Vaccination United Provinces of Agra and Oudh 1914-1922 - 1914-1922
Year: 1914
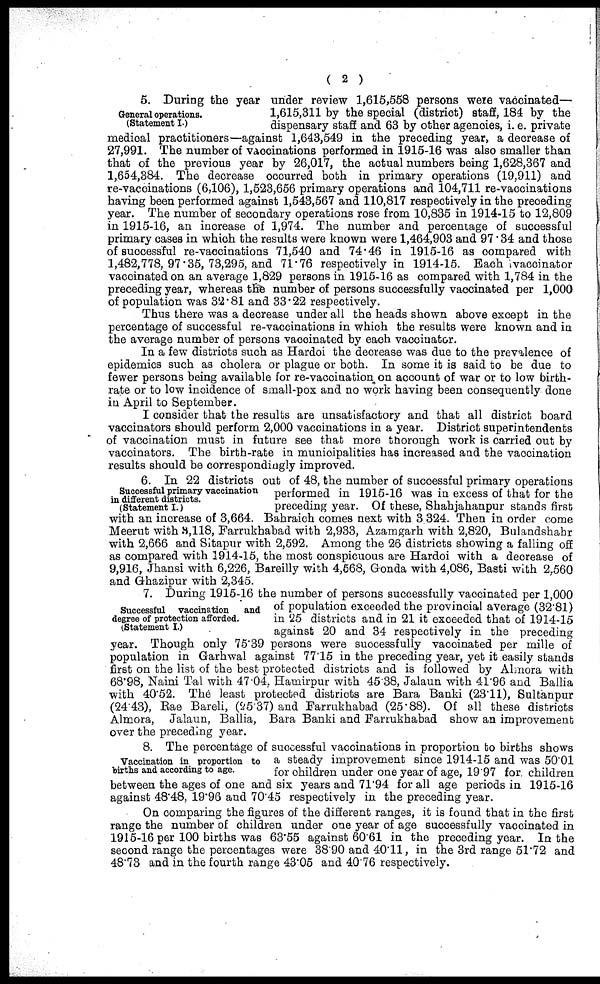
( 2 )
General operations.
(Statement I.)
5. During the year under review 1,615,558 persons were vaccinated—
1,615,311 by the special (district) staff, 184 by the
dispensary staff and 63 by other agencies, i. e. private
medical practitioners—against 1,643,549 in the preceding year, a decrease of
27,991. The number of vaccinations performed in 1915-16 was also smaller than
that of the previous year by 26,017, the actual numbers being 1,628,367 and
1,654,384. The decrease occurred both in primary operations (19,911) and
re-vaccinations (6,106), 1,523,656 primary operations and 104,711 re-vaccinations
having been performed against 1,543,567 and 110,817 respectively in the preceding
year. The number of secondary operations rose from 10,835 in 1914-15 to 12,809
in 1915-16, an increase of 1,974. The number and percentage of successful
primary cases in which the results were known were 1,464,903 and 97.34 and those
of successful re-vaccinations 71,540 and 74.46 in 1915-16 as compared with
1,482,778, 97.35, 73,295, and 71.76 respectively in 1914-15. Each vaccinator
vaccinated on an average 1,829 persons in 1915-16 as compared with 1,784 in the
preceding year, whereas the number of persons successfully vaccinated per 1,000
of population was 32.81 and 33.22 respectively.
Thus there was a decrease under all the heads shown above except in the
percentage of successful re-vaccinations in which the results were known and in
the average number of persons vaccinated by each vaccinator.
In a few districts such as Hardoi the decrease was due to the prevalence of
epidemics such as cholera or plague or both. In some it is said to be due to
fewer persons being available for re-vaccination on account of war or to low birth-
rate or to low incidence of small-pox and no work having been consequently done
in April to September.
I consider that the results are unsatisfactory and that all district board
vaccinators should perform 2,000 vaccinations in a year. District superintendents
of vaccination must in future see that more thorough work is carried out by
vaccinators. The birth-rate in municipalities has increased and the vaccination
results should be correspondingly improved.
Successful primary vaccination
in different districts.
(Statement I.)
6. In 22 districts out of 48, the number of successful primary operations
performed in 1915-16 was in excess of that for the
preceding year. Of these, Shahjahanpur stands first
with an increase of 3,664. Bahraich comes next with 3.324. Then in order come
Meerut with 3,118, Farrukhabad with 2,933, Azamgarh with 2,820, Bulandshahr
with 2,666 and Sitapur with 2,592. Among the 26 districts showing a falling off
as compared with 1914-15, the most conspicuous are Hardoi with a decrease of
9,916, Jhansi with 6,226, Bareilly with 4,568, Gonda with 4,086, Basti with 2,560
and Ghazipur with 2,345.
Successful vaccination
and
degree of protection afforded.
(Statement I.)
7. During 1915-16 the number of persons successfully vaccinated per 1,000
of population exceeded the provincial average (32.81)
in 25 districts and in 21 it exceeded that of 1914-15
against 20 and 34 respectively in the preceding
year. Though only 75.39 persons were successfully vaccinated per mille of
population in Garhwal against 77.15 in the preceding year, yet it easily stands
first on the list of the best protected districts and is followed by Almora with
68.98, Naini Tal with 47.04. Hamirpur with 45.38, Jalaun with 41.96 and Ballia
with 40.52. The least protected districts are Bara Banki (23.11), Sultanpur
(24.43), Rae Bareli, (25.37) and Farrukhabad (25.88). Of all these districts
Almora, Jalaun, Ballia, Bara Banki and Farrukhabad show an improvement
over the preceding year.
Vaccination in proportion to
births and according to age.
8. The percentage of successful vaccinations in proportion to births shows
a steady improvement since 1914-15 and was 50.01
for children under one year of age, 19.97 for. children
between the ages of one and six years and 71.94 for all age periods in 1915-16
against 48.48, 19.96 and 70.45 respectively in the preceding year.
On comparing the figures of the different ranges, it is found that in the first
range the number of children under one year of age successfully vaccinated in
1915-16 per 100 births was 63.55 against 60.61 in the preceding year. In the
second range the percentages were 38.90 and 40.11, in the 3rd range 51.72 and
48.73 and in the fourth range 43.05 and 40.76 respectively.